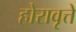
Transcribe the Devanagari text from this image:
होरावृत्ते